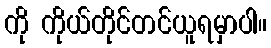
ကို ကိုယ်တိုင်တင်ယူရမှာပါ။